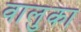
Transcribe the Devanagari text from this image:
वालुका